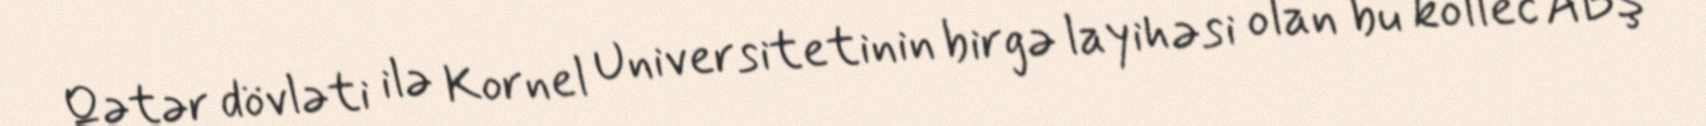
Qətər dövləti ilə Kornel Universitetinin birgə layihəsi olan bu kollec ABŞ